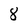
Character: 8